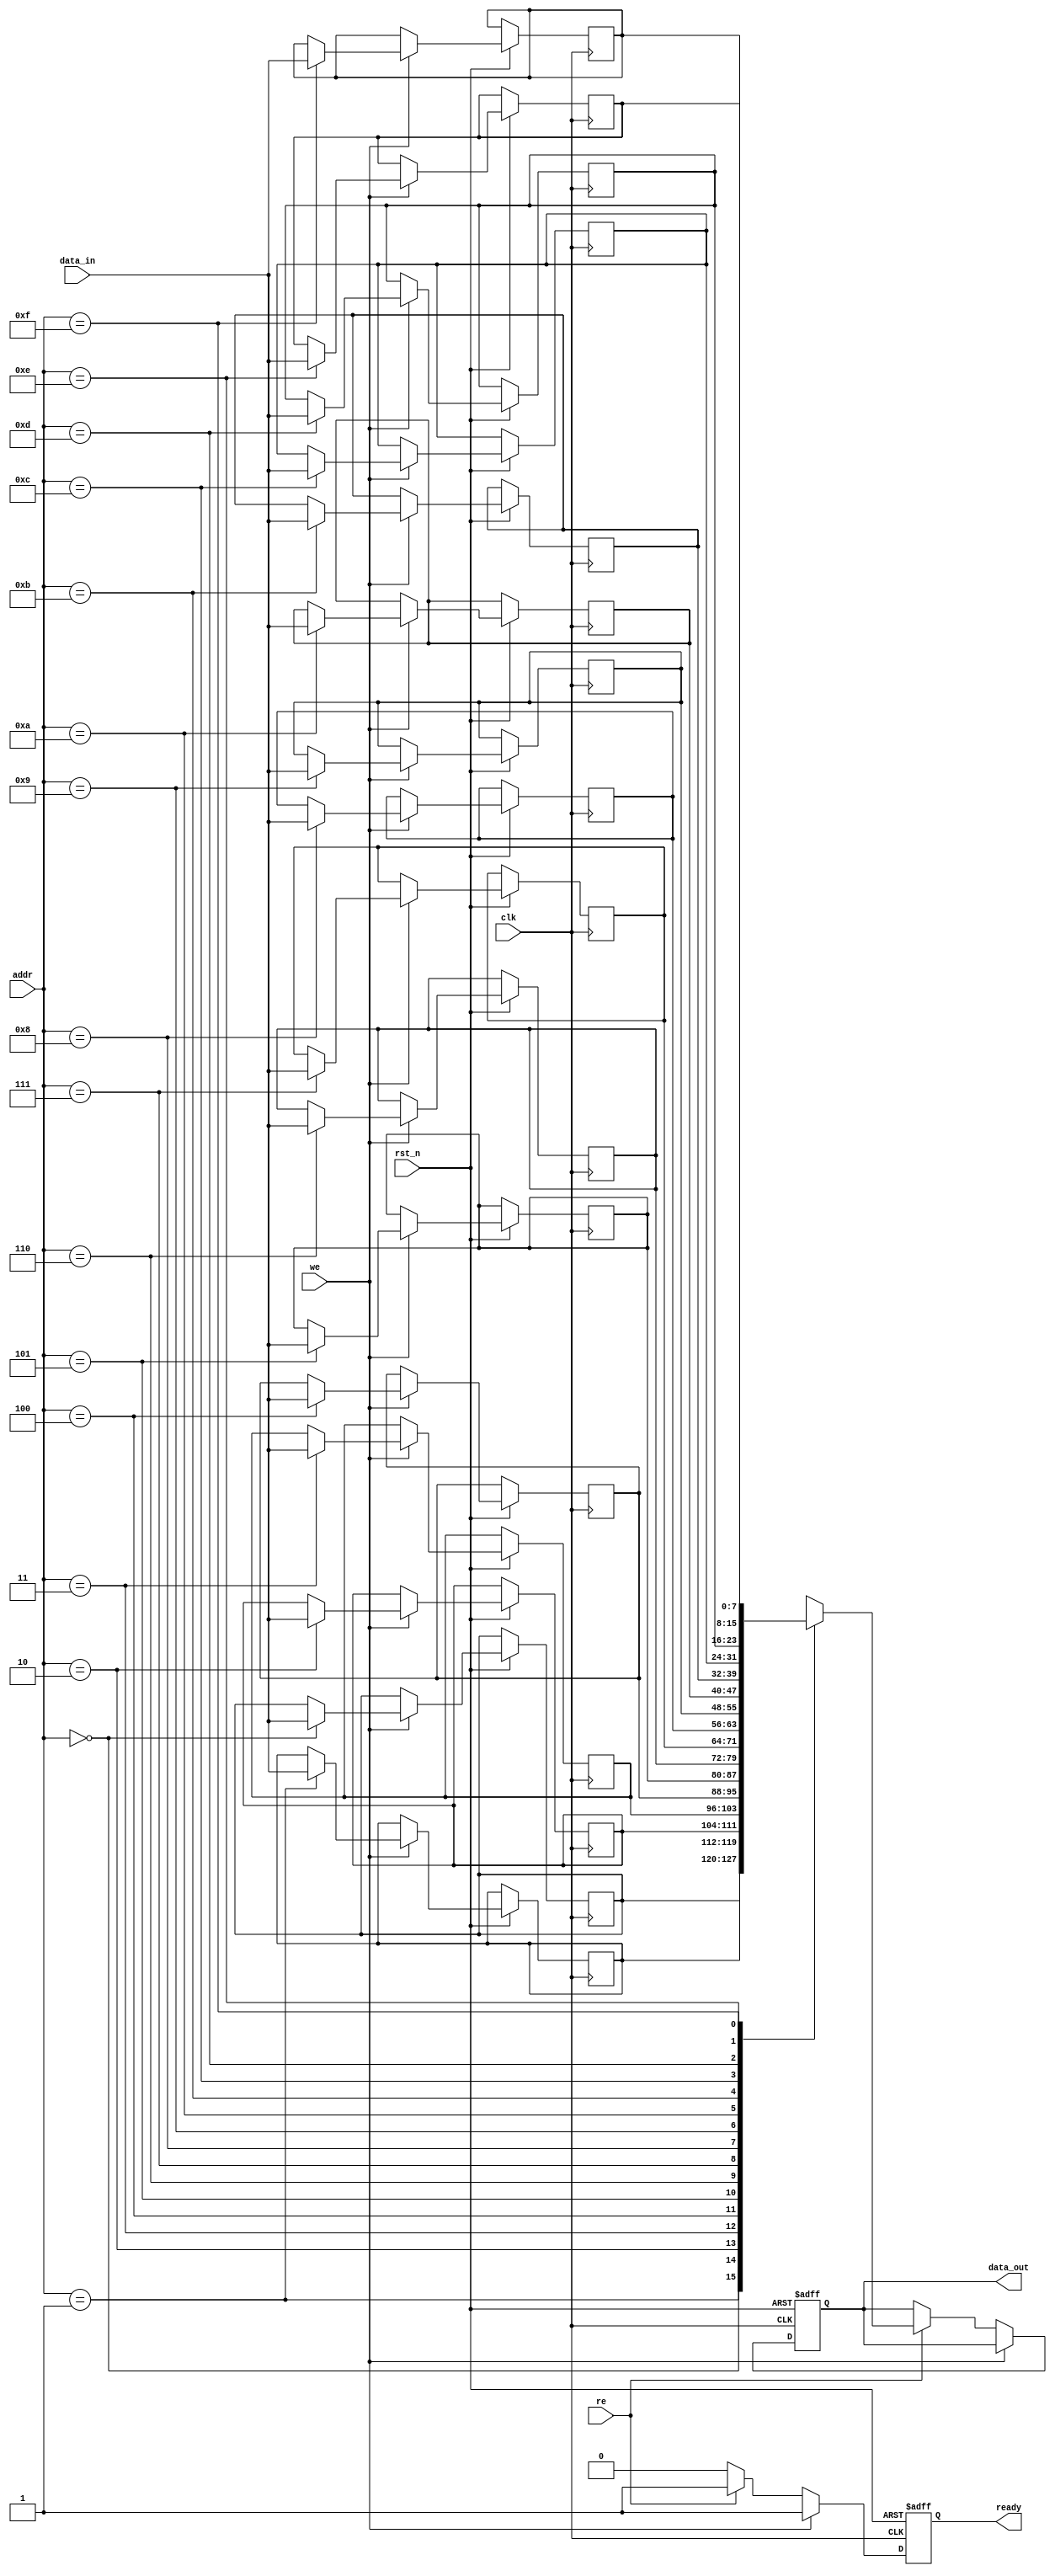
module low_power_sram #(
    parameter ADDR_WIDTH = 4, // Number of address bits
    parameter DATA_WIDTH = 8,  // Number of data bits
    parameter MEM_SIZE = 1 << ADDR_WIDTH // Size of the memory
)(
    input wire clk,
    input wire rst_n,
    input wire [ADDR_WIDTH-1:0] addr,
    input wire [DATA_WIDTH-1:0] data_in,
    input wire we,  // Write enable
    input wire re,  // Read enable
    output reg [DATA_WIDTH-1:0] data_out,
    output reg ready // Indicates operation completion
);

    // Memory array (6T SRAM cells)
    reg [DATA_WIDTH-1:0] mem [0:MEM_SIZE-1];

    // Address decoder
    wire [ADDR_WIDTH-1:0] decoded_addr;
    assign decoded_addr = addr;

    // Control logic
    always @(posedge clk or negedge rst_n) begin
        if (!rst_n) begin
            data_out <= 0;
            ready <= 0;
        end else begin
            ready <= 0; // Reset ready signal
            if (we) begin
                mem[decoded_addr] <= data_in; // Write operation
                ready <= 1; // Operation complete
            end else if (re) begin
                data_out <= mem[decoded_addr]; // Read operation
                ready <= 1; // Operation complete
            end
        end
    end

    // Power management (simple clock gating)
    wire clk_en = we | re; // Enable clock only when needed
    always @(posedge clk_en or negedge rst_n) begin
        if (!rst_n) begin
            // Power down logic can be implemented here
        end else begin
            // Additional power management logic can be added here
        end
    end

endmodule